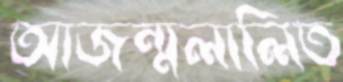
আজন্মলালিত